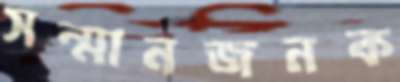
সন্মানজনক